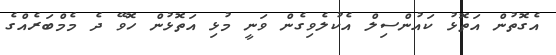
އެގޮތުން އަތޮޅު ކައުންސިލް އެކުލެވިގެން ވަނީ މުޅި އަތޮޅުން ހޮވޭ ދެ މެމްބަރެއްގެ